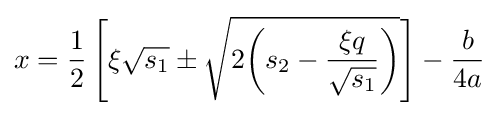
x={\frac {1}{2}}\left[\xi {\sqrt {s_{1}}}\pm {\sqrt {2{\biggl (}s_{2}-{\frac {\xi q}{\sqrt {s_{1}}}}{\biggr )}}}\right]-{\frac {b}{4a}}